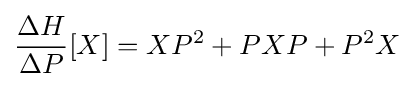
{\frac {\Delta H}{\Delta P}}[X]=XP^{2}+PXP+P^{2}X